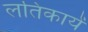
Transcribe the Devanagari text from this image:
लतिकायें